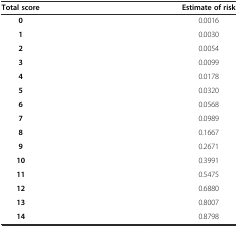
<table><thead><tr><td><b>Total score</b></td><td><b>Estimate of risk</b></td></tr></thead><tbody><tr><td><b>0</b></td><td>0.0016</td></tr><tr><td><b>1</b></td><td>0.0030</td></tr><tr><td><b>2</b></td><td>0.0054</td></tr><tr><td><b>3</b></td><td>0.0099</td></tr><tr><td><b>4</b></td><td>0.0178</td></tr><tr><td><b>5</b></td><td>0.0320</td></tr><tr><td><b>6</b></td><td>0.0568</td></tr><tr><td><b>7</b></td><td>0.0989</td></tr><tr><td><b>8</b></td><td>0.1667</td></tr><tr><td><b>9</b></td><td>0.2671</td></tr><tr><td><b>10</b></td><td>0.3991</td></tr><tr><td><b>11</b></td><td>0.5475</td></tr><tr><td><b>12</b></td><td>0.6880</td></tr><tr><td><b>13</b></td><td>0.8007</td></tr><tr><td><b>14</b></td><td>0.8798</td></tr></tbody></table>